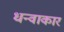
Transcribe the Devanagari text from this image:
धन्वाकार